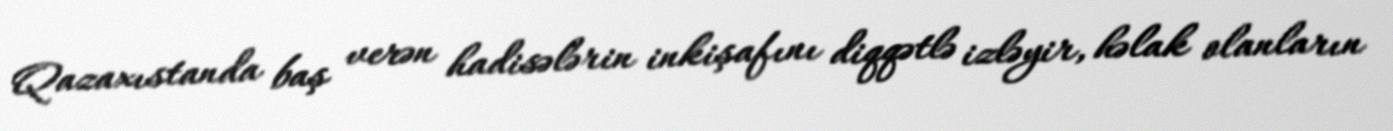
Qazaxıstanda baş verən hadisələrin inkişafını diqqətlə izləyir, həlak olanların